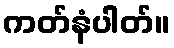
ကတ်နံပါတ်။